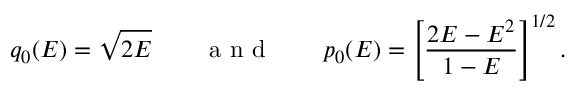
q _ { 0 } ( E ) = \sqrt { 2 E } \qquad \mathrm { ~ a ~ n ~ d ~ } \qquad p _ { 0 } ( E ) = \left[ \frac { 2 E - E ^ { 2 } } { 1 - E } \right] ^ { 1 / 2 } .